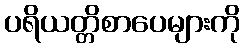
ပရိယတ္တိစာပေများကို